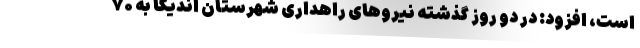
است، افزود: در دو روز گذشته نیروهای راهداری شهرستان اندیکا به ۷۰